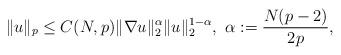
LaTeX: \begin{align*} \|u\|_p \le C(N,p)\|\nabla u\|_2^\alpha \|u\|_2^{1-\alpha}, \,\, \alpha:=\frac{N(p-2)}{2p},\end{align*}